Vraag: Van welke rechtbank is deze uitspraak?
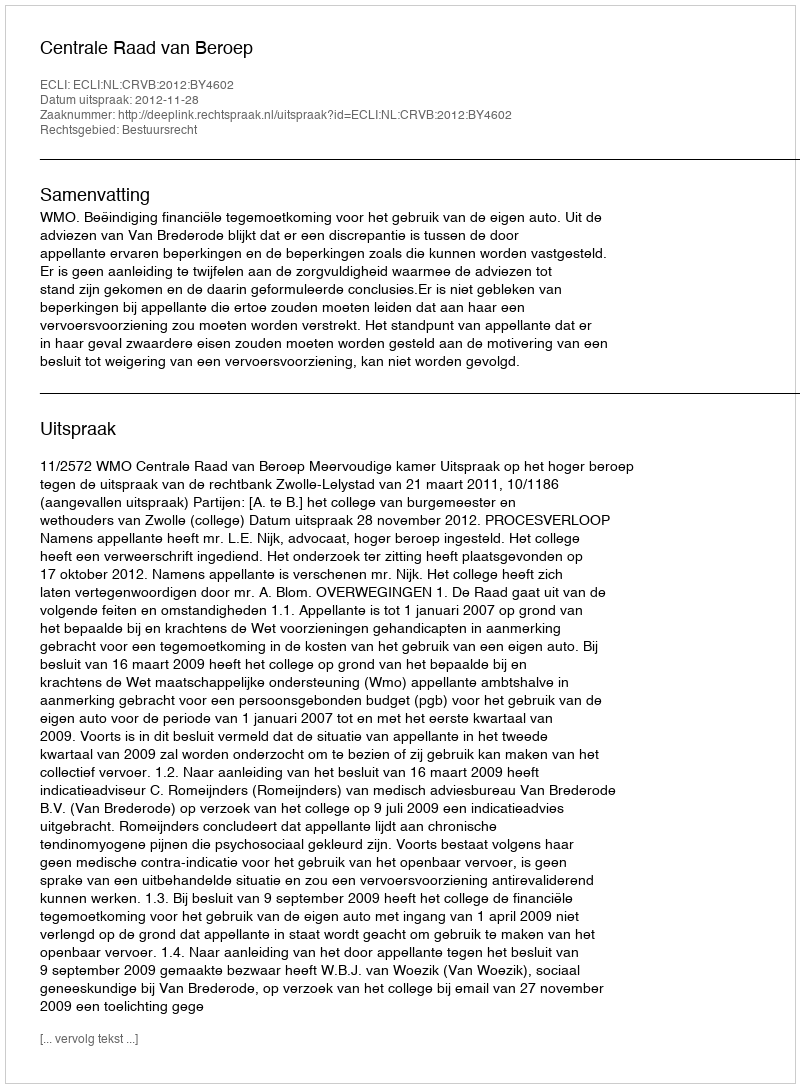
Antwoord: Centrale Raad van Beroep